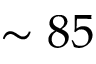
\sim 8 5